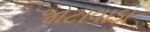
જાટાવાડા